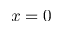
x = 0